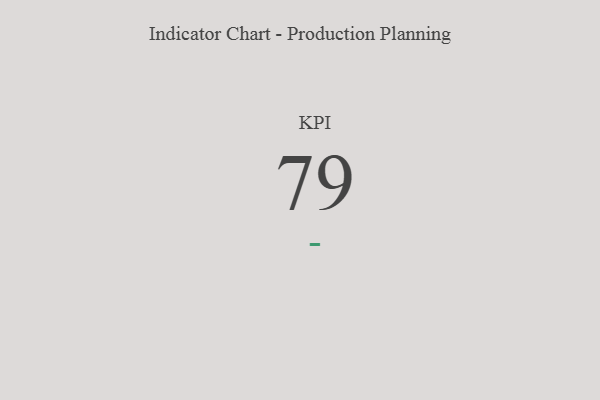
{"axis": {"x": "KPI", "y": "Value"}, "legend": [""], "data": [{"x": "KPI", "y": 79, "type": ""}]}